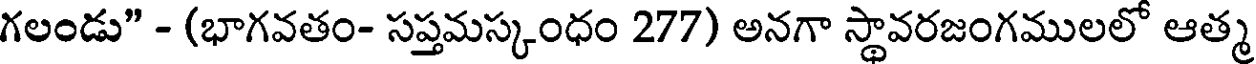
గలండు" - (భాగవతం- సప్తమస్కంధం 277) అనగా స్థావరజంగములలో ఆత్మ